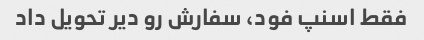
فقط اسنپ فود، سفارش رو دیر تحویل داد